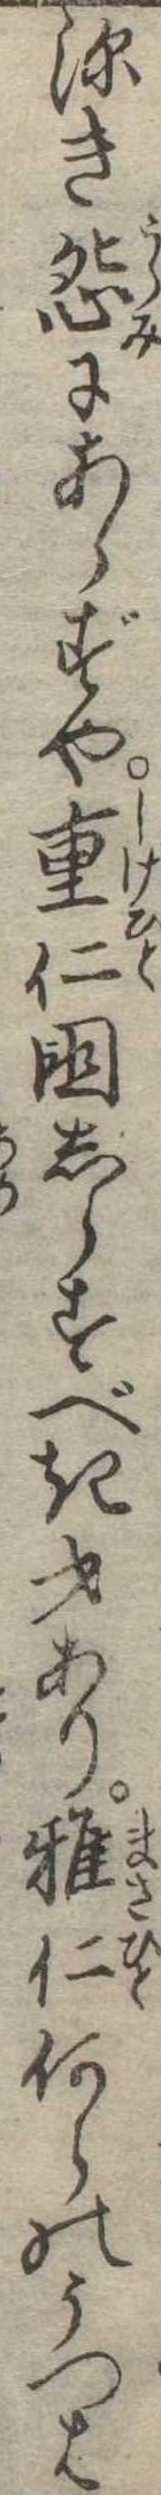
深き怨にあらずや重仁国しらすべき才あり雅仁何らのうつは